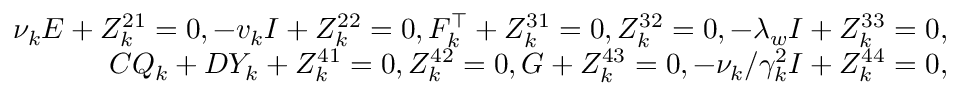
\begin{array} { r } { \nu _ { k } E + Z _ { k } ^ { 2 1 } = 0 , - v _ { k } I + Z _ { k } ^ { 2 2 } = 0 , F _ { k } ^ { \top } + Z _ { k } ^ { 3 1 } = 0 , Z _ { k } ^ { 3 2 } = 0 , - \lambda _ { w } I + Z _ { k } ^ { 3 3 } = 0 , } \\ { C Q _ { k } + D Y _ { k } + Z _ { k } ^ { 4 1 } = 0 , Z _ { k } ^ { 4 2 } = 0 , G + Z _ { k } ^ { 4 3 } = 0 , - \nu _ { k } / \gamma _ { k } ^ { 2 } I + Z _ { k } ^ { 4 4 } = 0 , } \end{array}